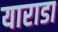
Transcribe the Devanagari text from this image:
याराडा